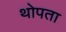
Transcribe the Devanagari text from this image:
थोपता